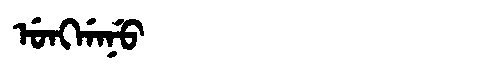
Manchu: ᡠᠩᡤᠠᠨᡠ
Romanization: UNGGANU